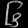
Digit: ၆